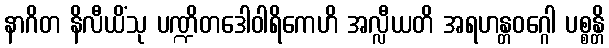
နာဂိတ နိလီယိံသု ပဏ္ဍိတဒေါဝါရိကေဟိ အလ္လီယတိ အရဟန္တဝဂ္ဂေါ ပစ္စန္တိ